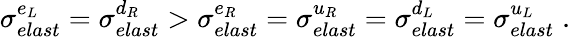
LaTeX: \sigma_{elast}^{e_{L}}=\sigma_{elast}^{d_{R}}>\sigma_{elast}^{e_{R}}=\sigma_{elast}^{u_{R}}=\sigma_{elast}^{d_{L}}=\sigma_{elast}^{u_{L}}\; .